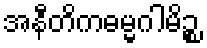
အနီတိကဓမ္မဂါမိဉ္စ